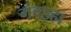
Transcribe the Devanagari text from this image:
गंवइहा